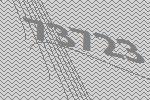
73723